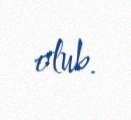
olub.